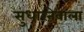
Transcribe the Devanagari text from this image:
सुधारनेवाला